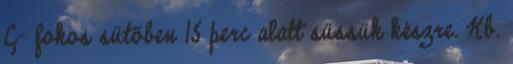
C- fokos sütőben 15 perc alatt süssük készre. Kb.